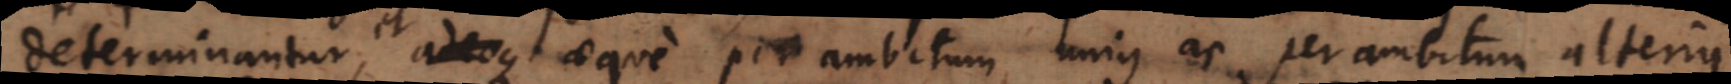
determinantur, adeoque aeque per ambitum unius ac per ambitum alterius,